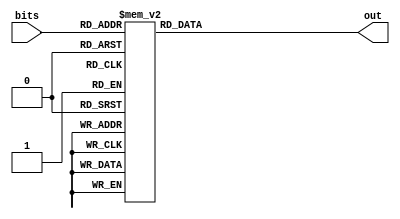
module sevenseg(input [3:0] bits,
                output reg [7:0] out
                );
                
    always @ (*)
        case (bits[3:0])    //7654_3210
            4'b0000: out = 8'b1100_0000;    // 0
            4'b0001: out = 8'b1111_1001;    // 1
            4'b0010: out = 8'b1010_0100;    // 2
            4'b0011: out = 8'b1011_0000;    // 3
            4'b0100: out = 8'b1001_1001;    // 4
            4'b0101: out = 8'b1001_0010;    // 5
            4'b0110: out = 8'b1000_0010;    // 6
            4'b0111: out = 8'b1111_1000;    // 7
            4'b1000: out = 8'b1000_0000;    // 8
            4'b1001: out = 8'b1001_1000;    // 9
            4'b1010: out = 8'b1000_1000;    // A
            4'b1011: out = 8'b1000_0011;    // B
            4'b1100: out = 8'b1100_0110;    // C
            4'b1101: out = 8'b1010_0001;    // D
            4'b1110: out = 8'b1000_0110;    // E
            4'b1111: out = 8'b1111_1111;    // F

            default: out = 8'b1111_1111;
        endcase

endmodule